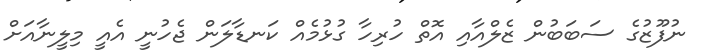
ނުފޫޒުގެ ސަބަބުން ޒެލްއާއި އޮތް ހުރިހާ ގުޅުމެއް ކަނޑާލަން ޖެހުނީ އެއީ މިލީނާއަށް